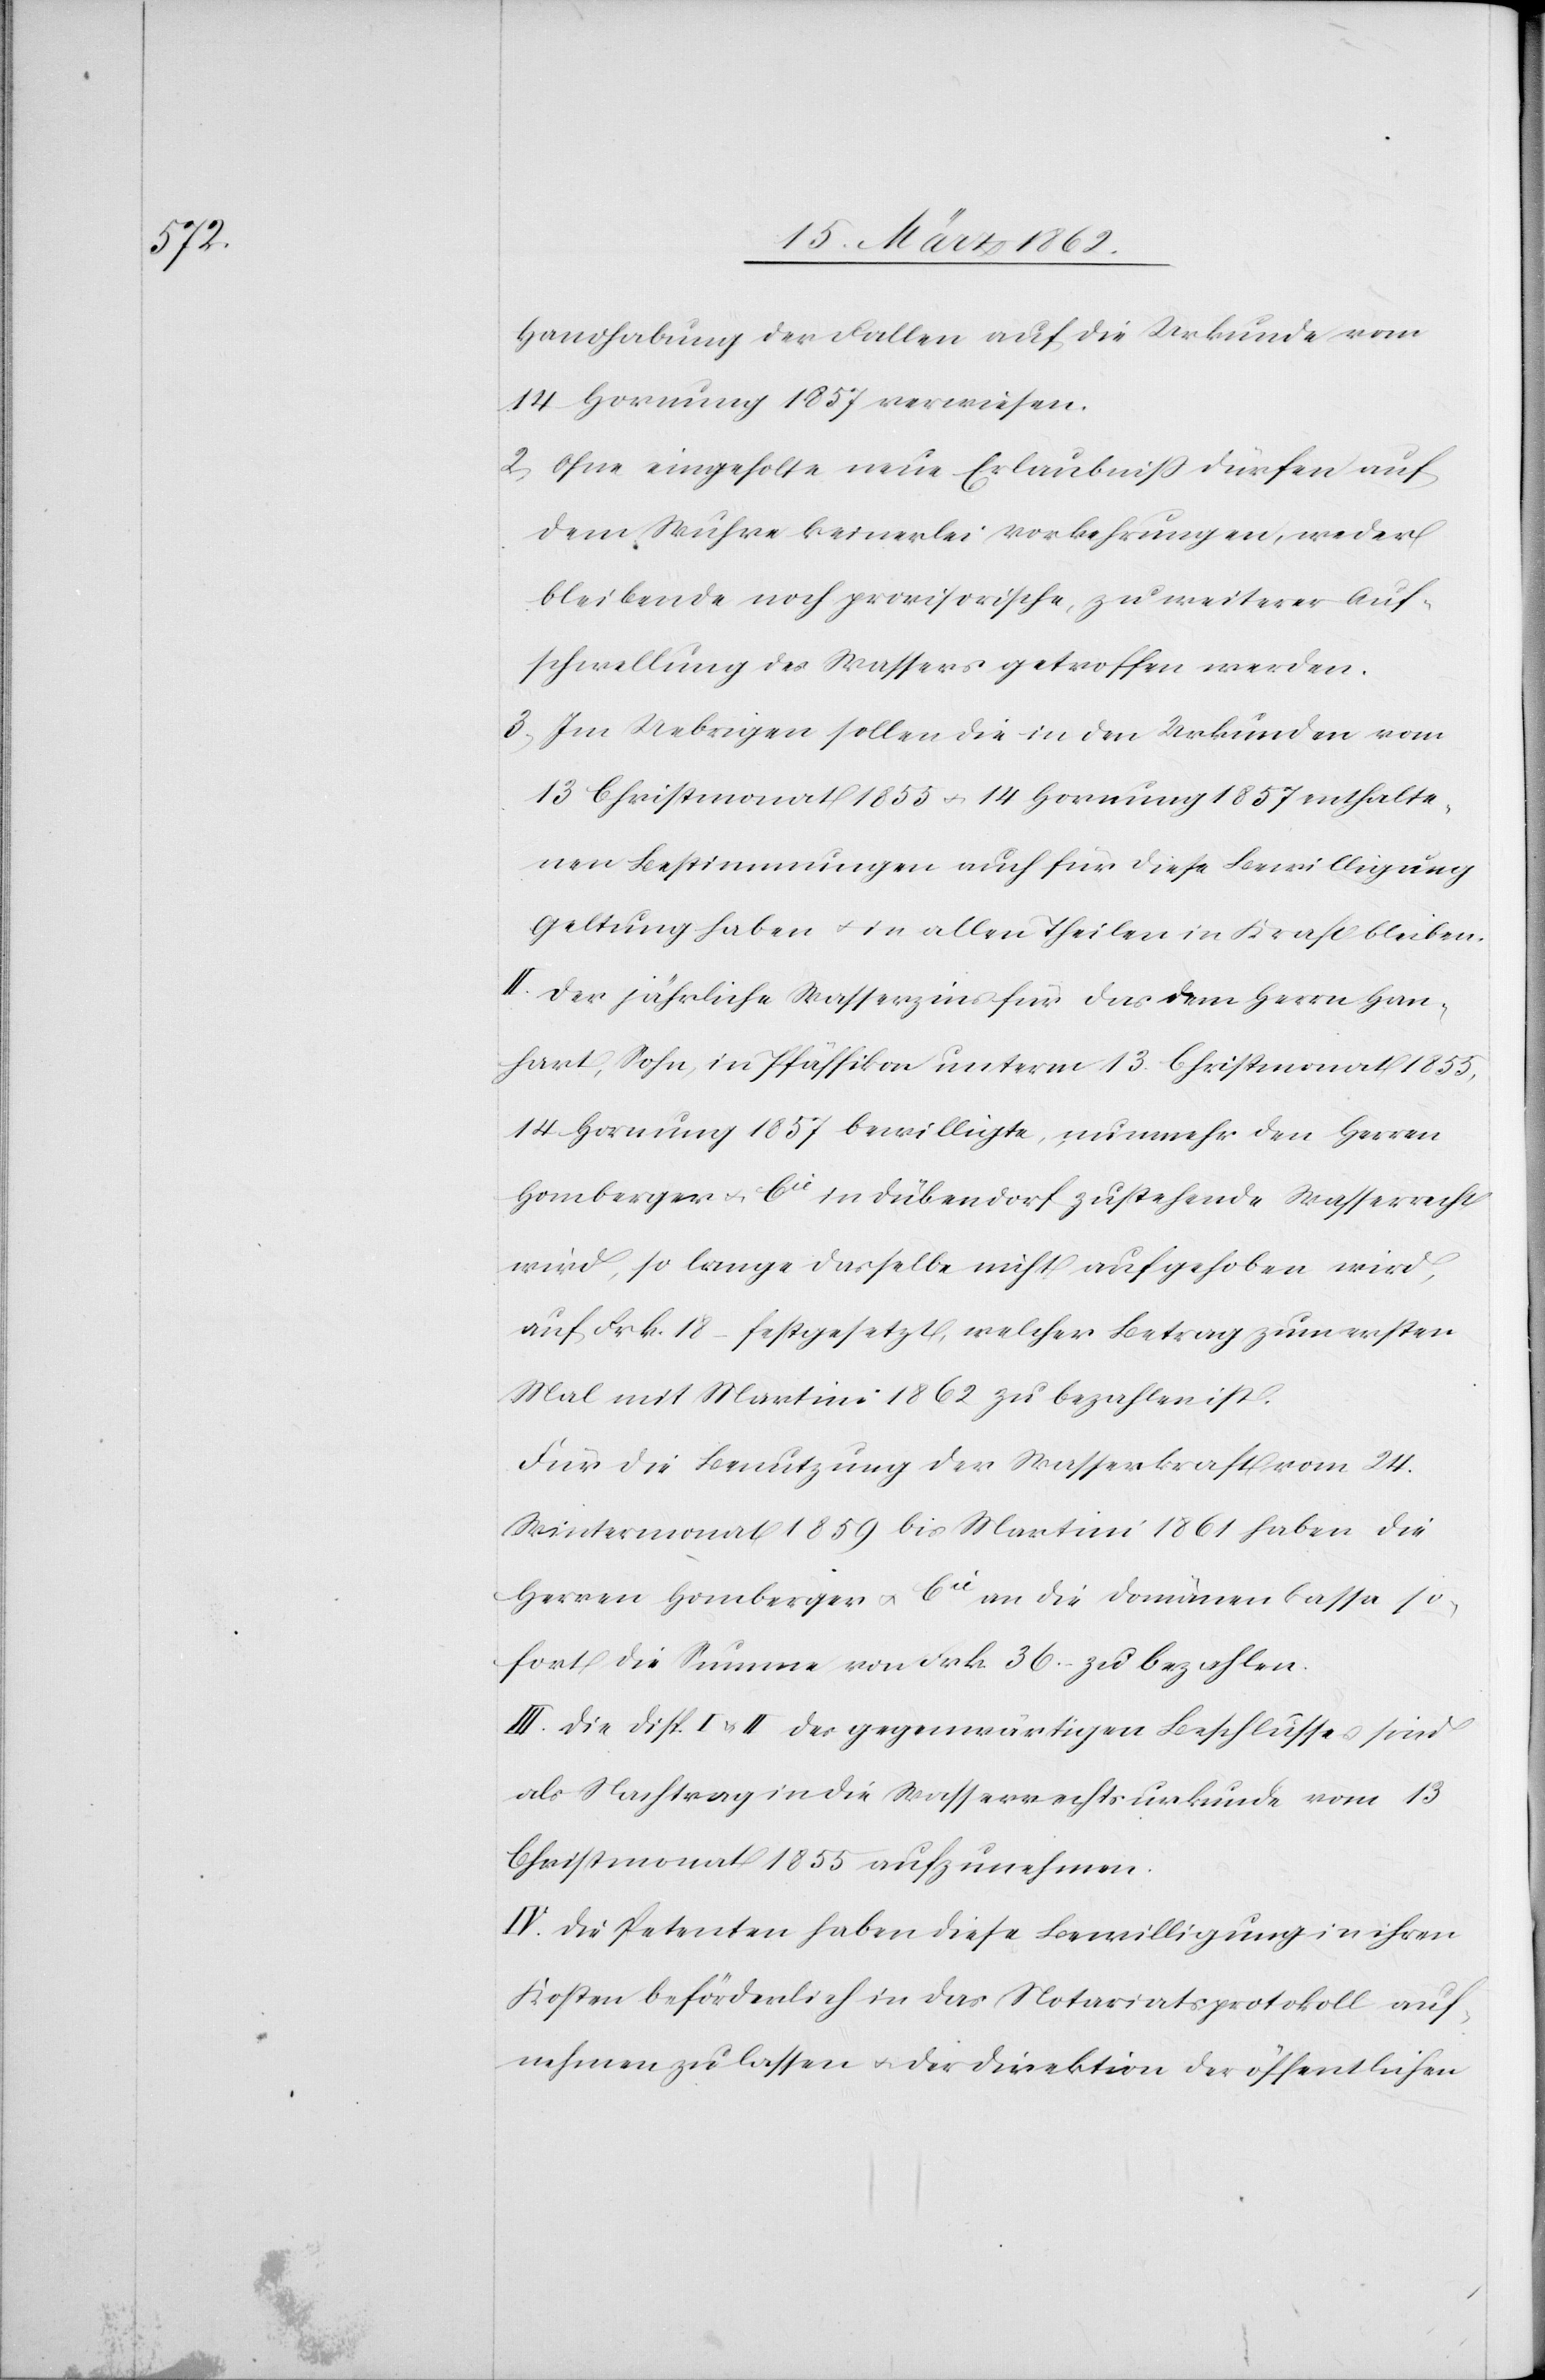
Handhabung der Fallen auf die Urkunde vom
14 Hornung 1857 verwiesen.
2) Ohne eingeholte neue Erlaubniß dürfen auf
dem Wuhre keinerlei Vorkehrungen, weder
bleibende noch provisorische, zu weiterer Auf¬
schwellung des Wassers getroffen werden.
3) Im Uebrigen sollen die in den Urkunden vom
13 Christmonat 1855 u. 14 Hornung 1857 enthalte¬
nen Bestimmungen auch für diese Bewilligung
Geltung haben u. in allen Theilen in Kraft bleiben.
II. Der jährliche Wasserzins für das dem Herrn Han¬
hart, Sohn, in Pfäffikon unterm 13. Christmonat 1855,
14 Hornung 1857 bewilligte, nunmehr den Herren
Homberger u. Cie in Dübendorf zustehende Wasserrecht
wird, so lange dasselbe nicht aufgehoben wird,
auf Frk. 18 festgesetzt, welcher Betrag zu ersten
Mal mit Martini 1862 zu bezahlen ist.
Für die Benutzung der Wasserkraft vom 24.
Wintermonat 1859 bis Martini 1861 haben die
Herren Homberger u. Cie an die Domänenkassa so¬
fort die Summe von Frk. 36 zu bezahlen.
III. Die Disp. I u. II des gegenwärtigen Beschlusses sind
als Nachtrag in die Wasserrechtsurkunde vom 13
Christmonat 1855 aufzunehmen.
IV. Die Petenten haben diese Bewilligung in ihren
Kosten beförderlich in das Notariatsprotokoll auf¬
nehmen zu lassen u. der Direktion der öffentlichen